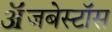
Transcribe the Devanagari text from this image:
ॲजबेस्टॉस